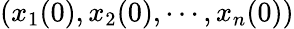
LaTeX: (x_{1}(0),x_{2}(0),\cdots,x_{n}(0))